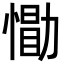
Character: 𪬢